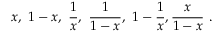
x , \ 1 - x , \ \frac { 1 } { x } , \ \frac { 1 } { 1 - x } , \ 1 - \frac { 1 } { x } , \- \frac { x } { 1 - x } \ .